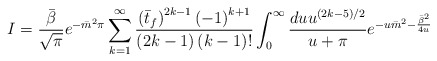
\begin{align*}I= \frac{\bar{\beta}}{\sqrt{\pi}} e^{- \bar{m}^2 \pi}\sum_{k=1}^{\infty} \frac{\left( \bar{t}_f \right)^{2k-1} \left( -1\right)^{k+1}}{\left( 2k-1\right)\left(k -1\right)!}\int_{0}^{\infty} \frac{du u^{(2k-5)/2}}{u+ \pi}e^{- u \bar{m}^2 - \frac{\bar{\beta}^2}{4u}} \end{align*}